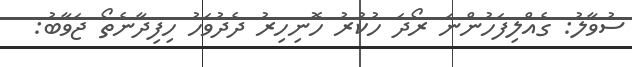
ސުވާލު: ގެއްލިފަހުންނަ ރޯދަ ހުކުރު ހޮނިހިރު ދެދުވަހު ހިފިދާނެތޯ ޖަވާބު: